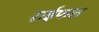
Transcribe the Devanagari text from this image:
राईफल